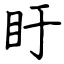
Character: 盱